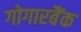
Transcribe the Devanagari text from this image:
गोगारबैंक